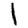
Digit: 1